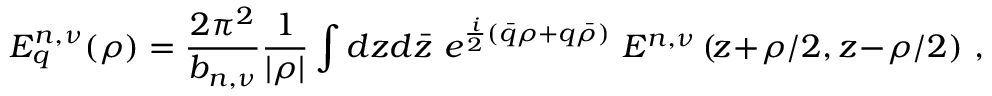
E _ { q } ^ { n , \nu } ( \rho ) = \frac { 2 \pi ^ { 2 } } { b _ { n , \nu } } \frac { 1 } { \vert \rho \vert } \int { d z d \bar { z } \ e ^ { \frac { i } { 2 } ( \bar { q } \rho + q \bar { \rho } ) } \ E ^ { n , \nu } \left( \! z \! + \! \rho / 2 , z \! - \! \rho / 2 \right) } \ ,